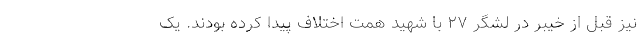
نیز قبل از خیبر در لشگر ۲۷ با شهید همت اختلاف پیدا کرده بودند. یک